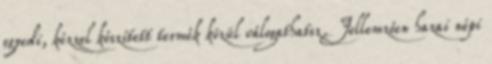
egyedi, kézzel készített termék közül válogathatsz. Jellemzően hazai népi